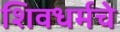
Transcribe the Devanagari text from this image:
शिवधर्मचे